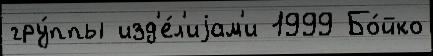
гру́ппы изд'е́л'иjам'и 1999 Бо́йко